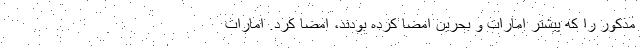
مذکور را که پیشتر امارات و بحرین امضا کرده بودند، امضا کرد. امارات